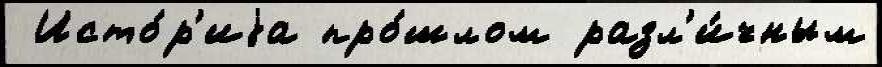
 Исто́р'иjа про́шлом разл'и́чным